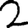
Digit: 2